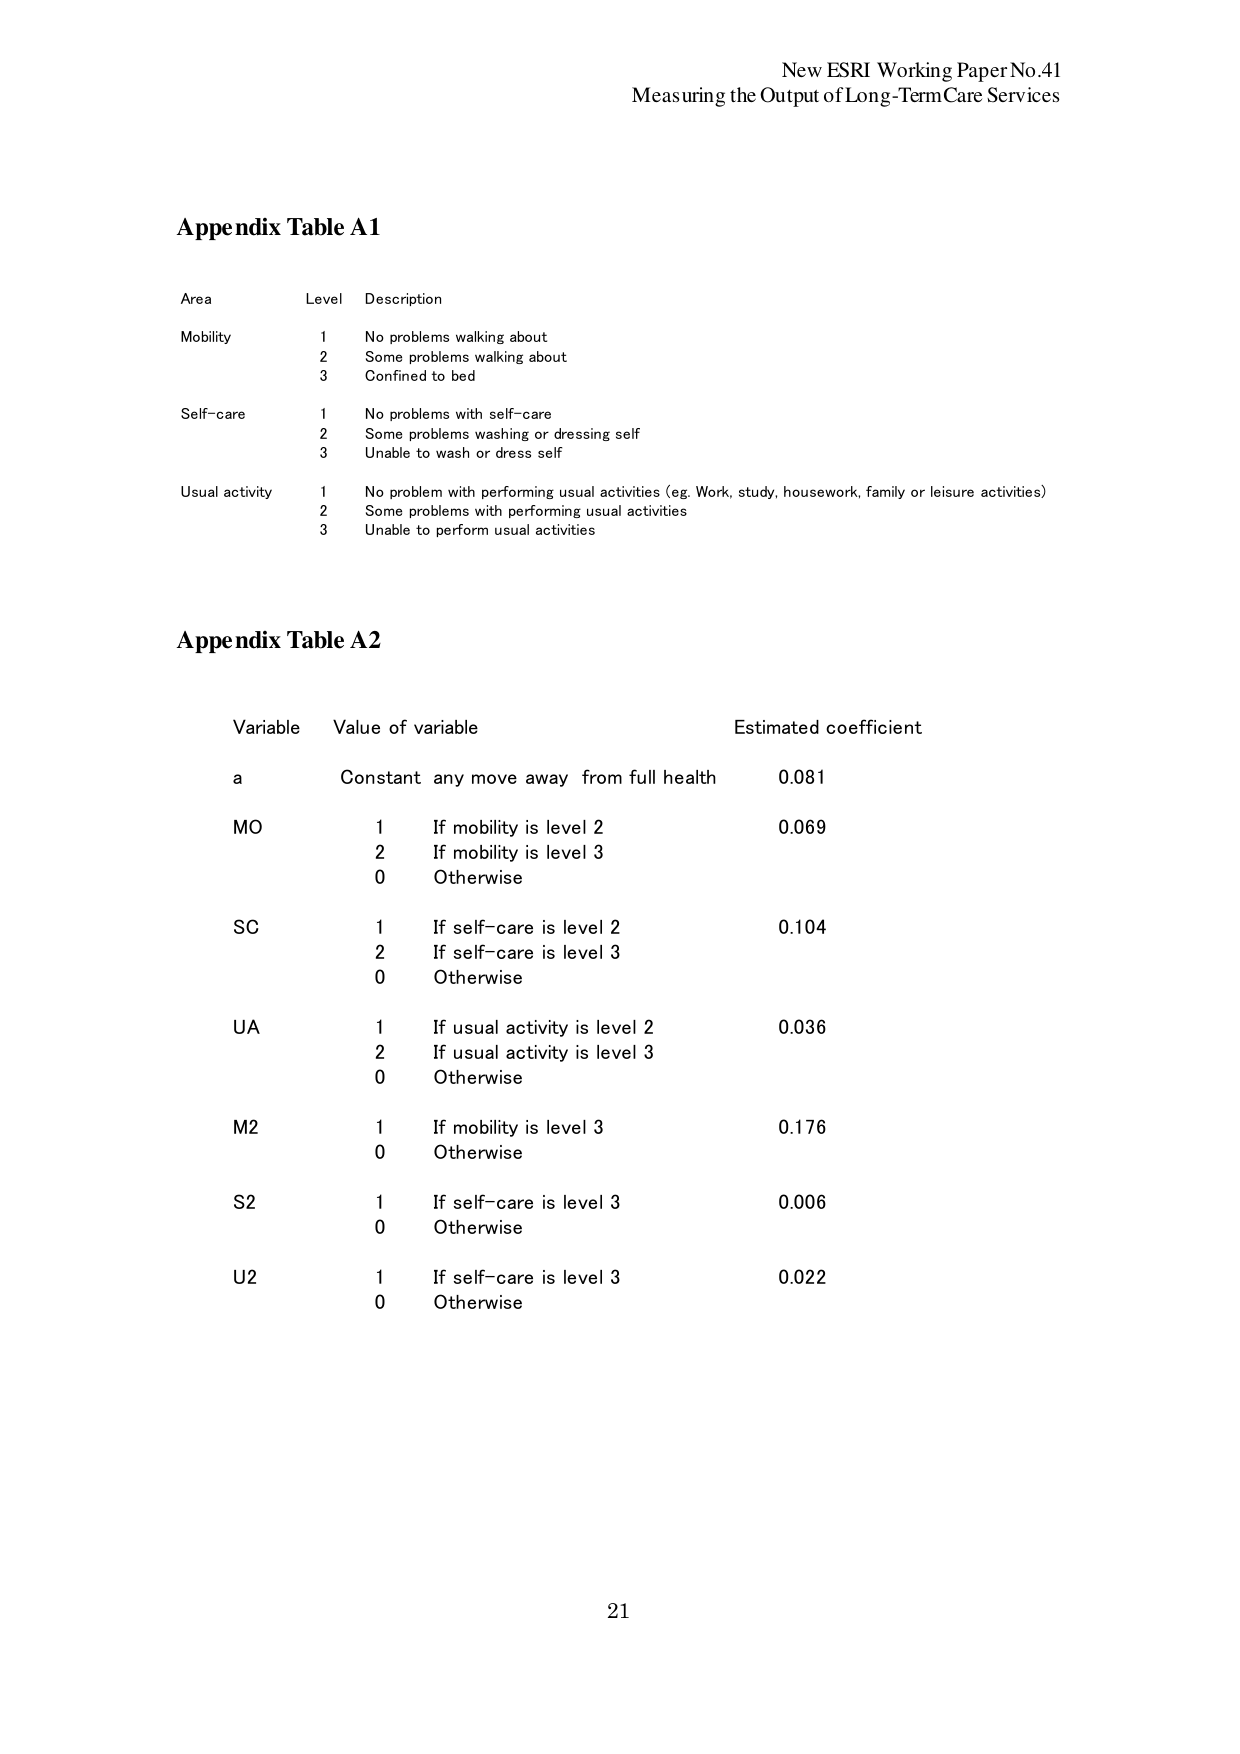
New ESRI Working Paper No.41
Measuring the Output of Long-Term Care Services

Appendix Table A1

Area          Level   Description
Mobility      1       No problems walking about
              2       Some problems walking about
              3       Confined to bed
Self-care     1       No problems with self-care
              2       Some problems washing or dressing self
              3       Unable to wash or dress self
Usual activity 1       No problem with performing usual activities (eg. Work, study, housework, family or leisure activities)
              2       Some problems with performing usual activities
              3       Unable to perform usual activities

Appendix Table A2

Variable    Value of variable                     Estimated coefficient
a           Constant any move away from full health   0.081
MO          1       If mobility is level 2            0.069
            2       If mobility is level 3
            0       Otherwise
SC          1       If self-care is level 2             0.104
            2       If self-care is level 3
            0       Otherwise
UA          1       If usual activity is level 2        0.036
            2       If usual activity is level 3
            0       Otherwise
M2          1       If mobility is level 3              0.176
            0       Otherwise
S2          1       If self-care is level 3             0.006
            0       Otherwise
U2          1       If self-care is level 3             0.022
            0       Otherwise

21